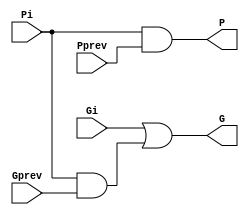
`timescale 1ns / 1ps
//////////////////////////////////////////////////////////////////////////////////
// Company: 
// Engineer: 
// 
// Design Name: 
// Module Name:    bigCircle 
// Project Name: 
// Target Devices: 
// Tool versions: 
// Description: 
//
// Dependencies: 
//
// Revision: 
// Revision 0.01 - File Created
// Additional Comments: 
//
//////////////////////////////////////////////////////////////////////////////////
module bigCircle(
    input Pi,
    input Gi,
    input Pprev,
    input Gprev,
    output P,
    output G
);
	
	wire w;
	
	and and0 (P, Pi, Pprev);
	and and1 (w, Pi, Gprev);
	or or0 (G, Gi, w);
	
endmodule